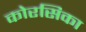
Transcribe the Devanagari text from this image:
कोरसिका